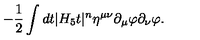
- { \frac { 1 } { 2 } } \int d t | H _ { 5 } t | ^ { n } \eta ^ { \mu \nu } \partial _ { \mu } \varphi \partial _ { \nu } \varphi .